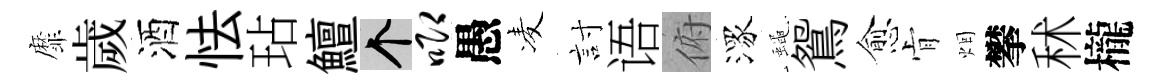
靡歲酒怯玷鱣个唧愚凌討语俯潈蠅鴛愈肻烟攀秫櫳